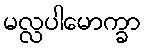
မလ္လပါမောက္ခာ